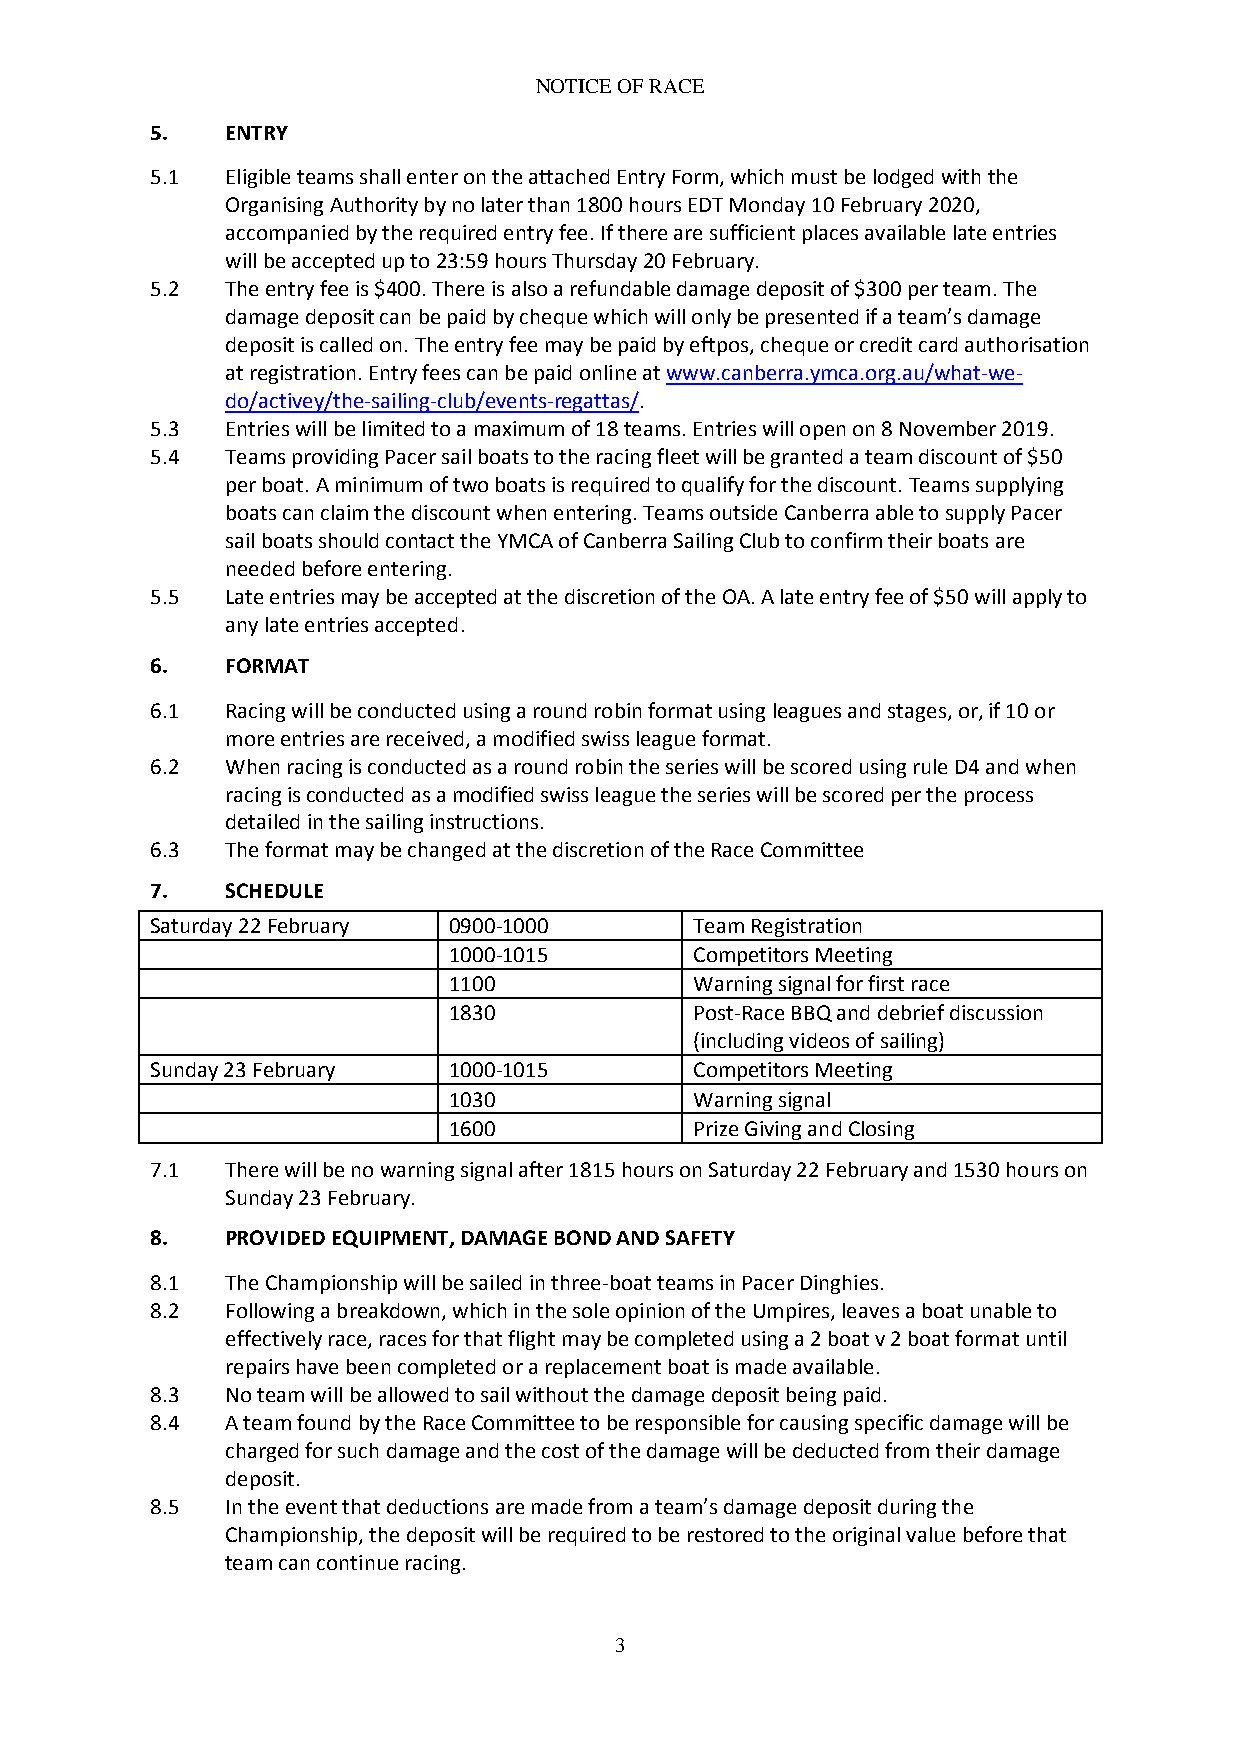
NOTICE OF RACE
 5.   ENTRY
 5.1  Eligible teams shall enter on the attached Entry Form, which must be lodged with the
 Organising Authority by no later than 1800 hours EDT Monday 10 February 2020,
 accompanied by the required entry fee. If there are sufficient places available late entries
 will be accepted up to 23:59 hours Thursday 20 February.
 5.2  The entry fee is $400. There is also a refundable damage deposit of $300 per team. The
 damage deposit can be paid by cheque which will only be presented if a team’s damage
 deposit is called on. The entry fee may be paid by eftpos, cheque or credit card authorisation
 at registration. Entry fees can be paid online at www.canberra.ymca.org.au/what-we-
 do/activey/the-sailing-club/events-regattas/.
 5.3  Entries will be limited to a maximum of 18 teams. Entries will open on 8 November 2019.
 5.4  Teams providing Pacer sail boats to the racing fleet will be granted a team discount of $50
 per boat. A minimum of two boats is required to qualify for the discount. Teams supplying
 boats can claim the discount when entering. Teams outside Canberra able to supply Pacer
 sail boats should contact the YMCA of Canberra Sailing Club to confirm their boats are
 needed before entering.
 5.5  Late entries may be accepted at the discretion of the OA. A late entry fee of $50 will apply to
 any late entries accepted.
 6.   FORMAT
 6.1  Racing will be conducted using a round robin format using leagues and stages, or, if 10 or
 more entries are received, a modified swiss league format.
 6.2  When racing is conducted as a round robin the series will be scored using rule D4 and when
 racing is conducted as a modified swiss league the series will be scored per the process
 detailed in the sailing instructions.
 6.3  The format may be changed at the discretion of the Race Committee
 7.   SCHEDULE
 Saturday 22 February 0900-1000      Team Registration
 1000-1015       Competitors Meeting
 1100            Warning signal for first race
 1830            Post-Race BBQ and debrief discussion
 (including videos of sailing)
 Sunday 23 February  1000-1015       Competitors Meeting
 1030            Warning signal
 1600            Prize Giving and Closing
 7.1  There will be no warning signal after 1815 hours on Saturday 22 February and 1530 hours on
 Sunday 23 February.
 8.   PROVIDED EQUIPMENT, DAMAGE BOND AND SAFETY
 8.1  The Championship will be sailed in three-boat teams in Pacer Dinghies.
 8.2  Following a breakdown, which in the sole opinion of the Umpires, leaves a boat unable to
 effectively race, races for that flight may be completed using a 2 boat v 2 boat format until
 repairs have been completed or a replacement boat is made available.
 8.3  No team will be allowed to sail without the damage deposit being paid.
 8.4  A team found by the Race Committee to be responsible for causing specific damage will be
 charged for such damage and the cost of the damage will be deducted from their damage
 deposit.
 8.5  In the event that deductions are made from a team’s damage deposit during the
 Championship, the deposit will be required to be restored to the original value before that
 team can continue racing.
 3